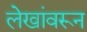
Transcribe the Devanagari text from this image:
लेखांवरून